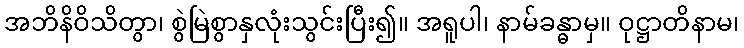
အဘိနိဝိသိတွာ၊ စွဲမြဲစွာနှလုံးသွင်းပြီး၍။ အရူပါ၊ နာမ်ခန္ဓာမှ။ ဝုဋ္ဌာတိနာမ၊